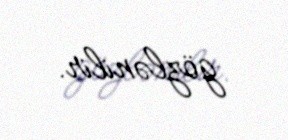
gözlənilir.